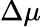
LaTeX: \Delta\mu